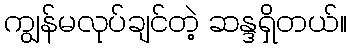
ကျွန်မလုပ်ချင်တဲ့ ဆန္ဒရှိတယ်။